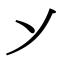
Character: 𬼀